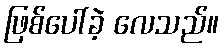
ဖြစ်ပေါ်ခဲ့ လေသည်။